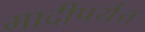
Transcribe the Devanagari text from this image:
मादीपर्यंत